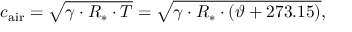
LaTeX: c _ { \mathrm { a i r } } = { \sqrt { \gamma \cdot R _ { * } \cdot T } } = { \sqrt { \gamma \cdot R _ { * } \cdot ( \vartheta + 2 7 3 . 1 5 ) } } ,